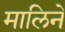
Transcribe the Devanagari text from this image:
मालिने